Annual report on the working of the mental hospitals in the Madras Presidency - 1912-1932
Year: 1912
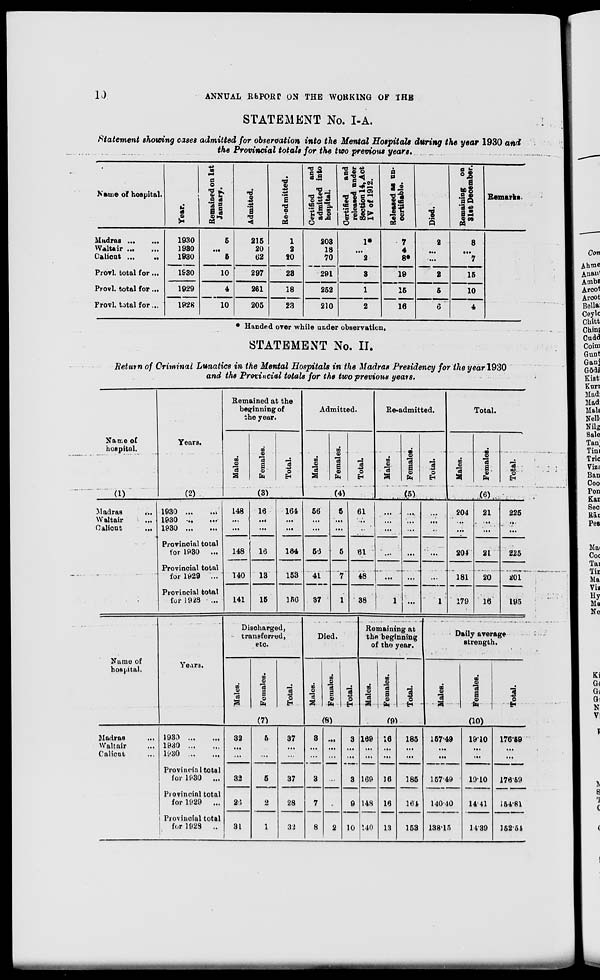
10
ANNUAL REPORT ON THE WORKING OF THE
STATEMENT No. I-A.
Statement showing cases admitted for observation into the Mental Hospitals during the year 1930 and
the Provincial totals for the two previous years.
Name of hospital.
Madras ...
...
Waltair ... ...
Calicut ...
...
Provl. total for ...
Provl. total for ...
Provl. total for ...
Year.
1930
1930
1930
1930
1929
1928
Remained on 1st
January.
5
...
5
10
4
10
Admitted.
215
20
62
297
261
205
Re-admitted.
1
2
20
23
18
23
Certified
and
admitted into
hospital.
203
18
70
291
252
210
Certified
and
released under
Section 14, Act
IV of 1912.
1*
...
2
3
1
2
Released as un-
certifiable.
7
4
8*
19
15
16
Died.
2
...
...
2
5
6
Remaining on
31st December.
8
...
7
15
10
4
Remarks.
* Handed over while under observation.
STATEMENT No. II.
Return of Criminal Lunatics in the Mental Hospitals in the Madras Presidency for the year 1930
and the Provincial totals for the two previous years.
Name of
hospital.
(1)
Madras
...
Waltair ...
Calicut
...
Years.
(2)
1930
...
...
1930
...
...
1930
...
...
Provincial total
for 1930 ...
Provincial total
for 1929 ...
Provincial total
for 1928 ...
Remained at the
beginning of
the year.
Males.
Females.
Total.
(3)
148
...
...
148
140
141
16
...
...
16
13
15
164
...
...
164
153
156
Admitted.
Males.
Females.
Total.
(4)
56
...
...
56
41
37
5
...
...
5
7
1
61
...
...
61
48
38
Re-admitted.
Males.
Females.
Total.
(5)
...
...
...
...
...
1
...
...
...
...
...
...
...
...
...
...
...
1
Total.
Males.
Females.
Total.
(6)
204
...
...
204
181
179
21
...
...
21
20
16
225
...
...
225
201
195
Name of
hospital.
Madras ...
Waltair ...
Calicut ...
Years.
1930
...
...
1930
...
...
1930
...
...
Provincial total
for 1930 ...
Provincial total
for 1929 ...
Provincial total
for 1928 ...
Discharged,
transferred,
etc.
Males. Females.
Total.
(7)
32
...
...
32
26
31
5
...
...
5
2
1
37
...
...
37
28
32
Died.
Males. Females. Total.
(8)
3
...
...
3
7
8
...
...
...
...
2
2
3
...
...
3
9
10
Remaining at
the beginning
of the year.
Males.
Females.
Total.
(9)
169
...
...
169
148
140
16
...
...
16
16
13
185
...
...
185
164
153
Daily average
strength.
Males.
Fe ma l
e s .
Total.
(10)
157.49
...
...
157.49
140.40
138.15
19.10
...
...
19.10
14.41
14.39
176.59
...
...
176.59
154.81
152.54